Scottish Leaving Certificate Examination, 1956
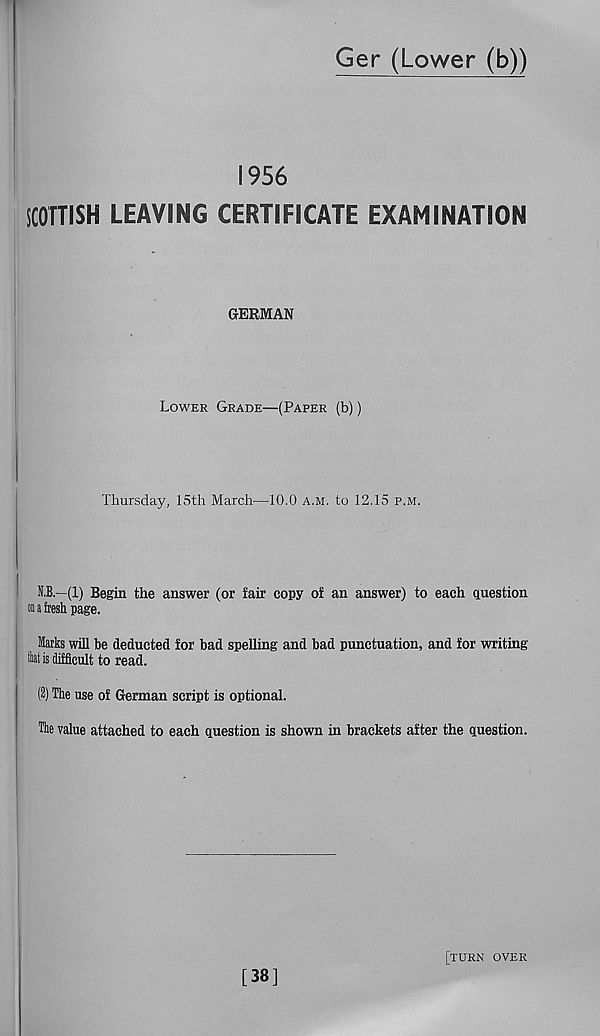
Ger (Lower (b))
1956
SCOTTISH LEAVING CERTIFICATE EXAMINATION
GERMAN
Lower Grade—(Paper (b))
Thursday, 15th March—10.0 a.m. to 12.15 p.m.
N.B.—(1) Begin the answer (or fair copy of an answer) to each question
■ a fresh page.
Marks will be deducted for bad spelling and bad punctuation, and for writing
that is difficult to read.
(2) The use of German script is optional.
The value attached to each question is shown in brackets after the question.
[38]
[turn over